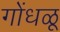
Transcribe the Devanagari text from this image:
गोंधळू